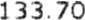
133.70